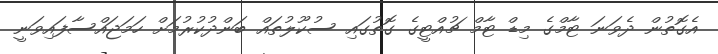
އެގޮތުން ދެވަނަ ޓާމްގެ މިޑް ޓާމް ޗުއްޓީގެ ގޮތުގައި ސުކޫލުތައް ބަންދުކުރުމަށް ހަމަޖައްސާފައިވަނީ